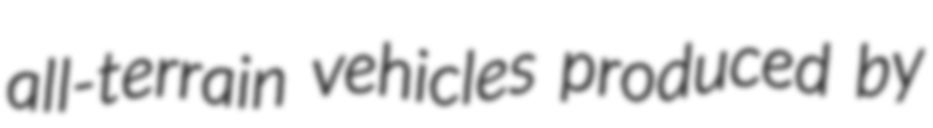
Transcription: all-terrain vehicles produced by